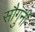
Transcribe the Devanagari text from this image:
सौगुनी